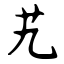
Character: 艽